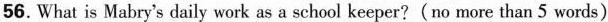
56.What is Mabry's daily work as a school keeper?(no more than 5 words)